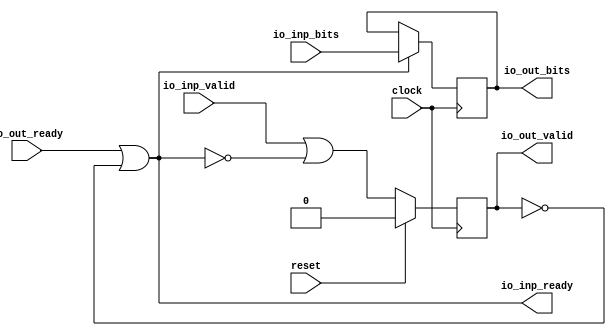
module DecoupledStage(
  input         clock,
  input         reset,
  output        io_inp_ready,
  input         io_inp_valid,
  input  [15:0] io_inp_bits,
  input         io_out_ready,
  output        io_out_valid,
  output [15:0] io_out_bits
);
`ifdef RANDOMIZE_REG_INIT
  reg [31:0] _RAND_0;
  reg [31:0] _RAND_1;
`endif // RANDOMIZE_REG_INIT
  reg  out_valid; // @[DecoupledStage.scala 14:26]
  reg [15:0] out_bits; // @[DecoupledStage.scala 15:21]
  assign io_inp_ready = io_out_ready | ~io_out_valid; // @[DecoupledStage.scala 20:32]
  assign io_out_valid = out_valid; // @[DecoupledStage.scala 17:16]
  assign io_out_bits = out_bits; // @[DecoupledStage.scala 18:16]
  always @(posedge clock) begin
    if (reset) begin // @[DecoupledStage.scala 14:26]
      out_valid <= 1'h0; // @[DecoupledStage.scala 14:26]
    end else begin
      out_valid <= io_inp_valid | ~io_inp_ready; // @[DecoupledStage.scala 22:13]
    end
    if (io_inp_ready) begin // @[DecoupledStage.scala 23:24]
      out_bits <= io_inp_bits; // @[DecoupledStage.scala 24:15]
    end
  end
// Register and memory initialization
`ifdef RANDOMIZE_GARBAGE_ASSIGN
`define RANDOMIZE
`endif
`ifdef RANDOMIZE_INVALID_ASSIGN
`define RANDOMIZE
`endif
`ifdef RANDOMIZE_REG_INIT
`define RANDOMIZE
`endif
`ifdef RANDOMIZE_MEM_INIT
`define RANDOMIZE
`endif
`ifndef RANDOM
`define RANDOM $random
`endif
`ifdef RANDOMIZE_MEM_INIT
  integer initvar;
`endif
`ifndef SYNTHESIS
`ifdef FIRRTL_BEFORE_INITIAL
`FIRRTL_BEFORE_INITIAL
`endif
initial begin
  `ifdef RANDOMIZE
    `ifdef INIT_RANDOM
      `INIT_RANDOM
    `endif
    `ifndef VERILATOR
      `ifdef RANDOMIZE_DELAY
        #`RANDOMIZE_DELAY begin end
      `else
        #0.002 begin end
      `endif
    `endif
`ifdef RANDOMIZE_REG_INIT
  _RAND_0 = {1{`RANDOM}};
  out_valid = _RAND_0[0:0];
  _RAND_1 = {1{`RANDOM}};
  out_bits = _RAND_1[15:0];
`endif // RANDOMIZE_REG_INIT
  `endif // RANDOMIZE
end // initial
`ifdef FIRRTL_AFTER_INITIAL
`FIRRTL_AFTER_INITIAL
`endif
`endif // SYNTHESIS
endmodule